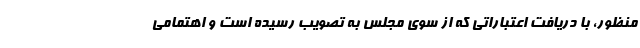
منظور، با دریافت اعتباراتی که از سوی مجلس به تصویب رسیده است و اهتمامی